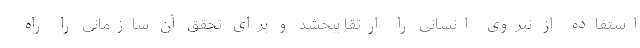
استفاده از نیروی انسانی را ارتقا ببخشد و برای تحقق آن سازمانی را راه